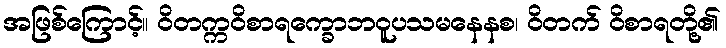
အဖြစ်ကြောင့်။ ဝိတက္ကဝိစာရက္ခောဘဝူပသမနေနစ၊ ဝိတက် ဝိစာရတို့၏